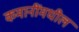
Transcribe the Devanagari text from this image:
कमानींमधील